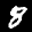
Label: 8